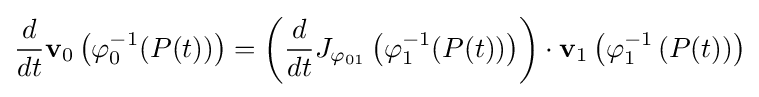
{\frac {d}{dt}}{\mathbf {v} }_{0}\left(\varphi _{0}^{-1}(P(t))\right)=\left({\frac {d}{dt}}J_{\varphi _{01}}\left(\varphi _{1}^{-1}(P(t))\right)\right)\cdot {\mathbf {v} }_{1}\left(\varphi _{1}^{-1}\left(P(t)\right)\right)